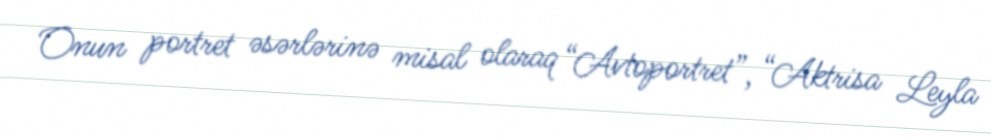
Onun portret əsərlərinə misal olaraq “Avtoportret”, “Aktrisa Leyla